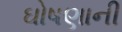
ઘોષણાની